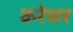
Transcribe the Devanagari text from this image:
करेशर